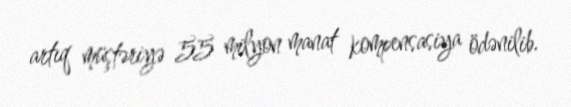
artıq müştəriyə 55 milyon manat kompensasiya ödənilib.